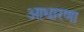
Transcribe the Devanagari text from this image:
आधारणा